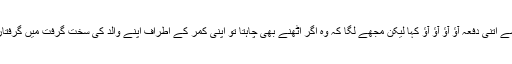
میں نے اسے اتنی دفعہ آؤ آؤ آؤ آؤ کہا لیکن مجھے لگا کہ وہ اگر اٹھنے بھی چاہتا تو اپنی کمر کے اطراف اپنے والد کی سخت گرفت میں گرفتار بیٹھا تھا۔